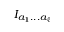
{ \cal I } _ { a _ { 1 } . . . a _ { \ell } }